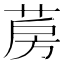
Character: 𦲏